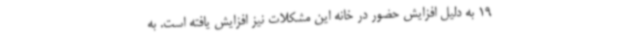
19 به دلیل افزایش حضور در خانه این مشکلات نیز افزایش یافته است. به